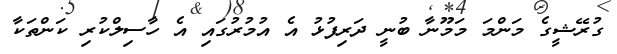
ގުރޭޝީގެ މަންމަ މަމޫނާ ބުނީ ދަރިފުޅު އެ އުމުރުގައި އެ ހާސިލްކުރި ކަންތަކާ